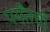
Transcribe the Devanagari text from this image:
पर्यँतची